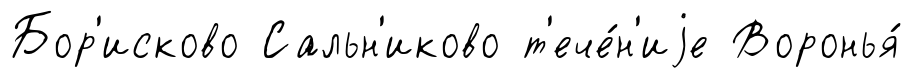
Бор'исково Сальн'иково т'ече́н'иjе Воронья́